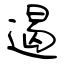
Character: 遏